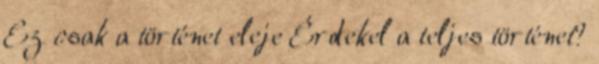
Ez csak a történet eleje Érdekel a teljes történet?